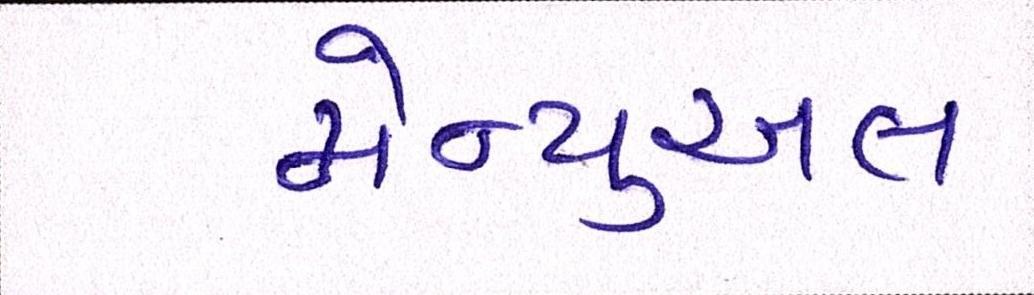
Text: મેન્યુઅલ